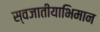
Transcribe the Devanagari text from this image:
स्वजातीयाभिमान